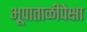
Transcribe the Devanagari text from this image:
भूपाताळीपेक्षा